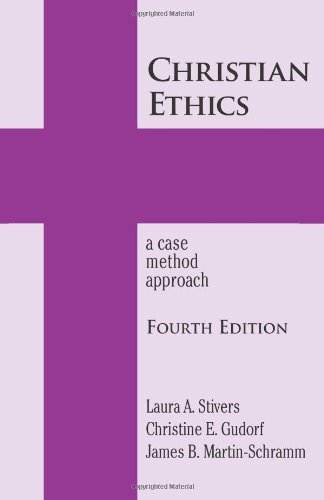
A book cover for Christian Ethics: A Case Method Approach 4th Edition (New Edition (2nd & Subsequent) / 4th Ed. /); Laura A. Stivers; Religion & Spirituality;